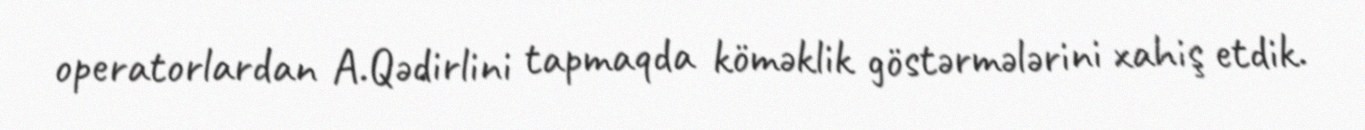
operatorlardan A.Qədirlini tapmaqda köməklik göstərmələrini xahiş etdik.